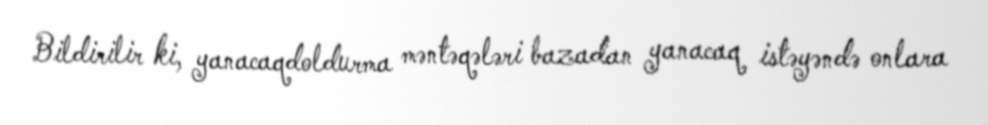
Bildirilir ki, yanacaqdoldurma məntəqələri bazadan yanacaq istəyəndə onlara